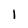
Character: 1